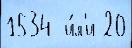
1534  и́л'и 20